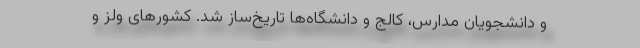
و دانشجویان مدارس، کالج و دانشگاه‌ها تاریخ‌ساز شد. کشورهای ولز و